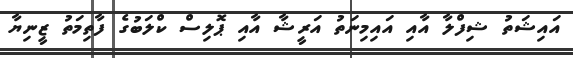
އައިޝަތު ޝިފްލާ އާއި އައިމިނަތު އަރީޝާ އާއި ޕޮލިސް ކްލަބުގެ ފާތިމަތު ޒީނިޔާ